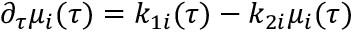
\partial _ { \tau } \mu _ { i } ( \tau ) = k _ { 1 i } ( \tau ) - k _ { 2 i } \mu _ { i } ( \tau )